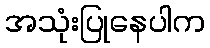
အသုံးပြုနေပါက